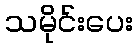
သမိုင်းပေး